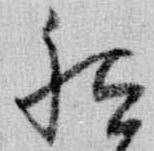
祇